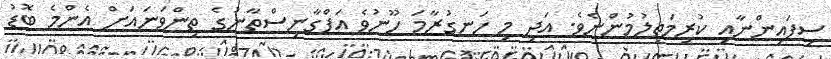
ސިފައިންނާއި ކުރިމަތިލުމުންނެވެ. އަދި މި ހަނގުރާމަ ހޫނުވެ އަފްގާނިސްތާނުގެ ތިންވަނައަށް އެންމެ ބޮޑު